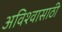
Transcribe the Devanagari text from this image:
अविश्‍वासाठी